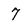
Character: 7